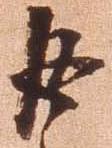
返